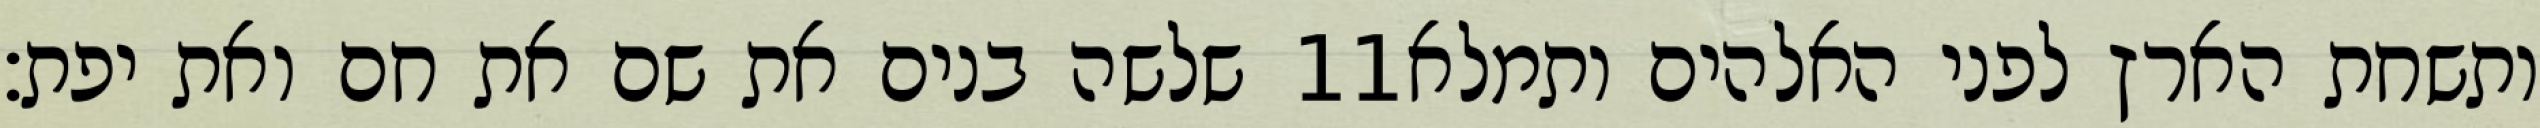
שלשה בנים את שם את חם ואת יפת׃ ‎11‏ ותשחת הארץ לפני האלהים ותמלא